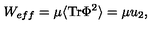
W _ { e f f } = \mu \langle \mathrm { T r } \Phi ^ { 2 } \rangle = \mu u _ { 2 } ,